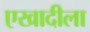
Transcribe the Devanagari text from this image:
एखादीला